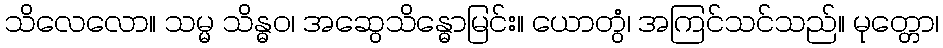
သိလေလော။ သမ္မ သိန္ဓဝ၊ အဆွေသိန္ဓောမြင်း။ ယောတွံ၊ အကြင်သင်သည်။ မုတ္တော၊